Mentally defective children, 1931
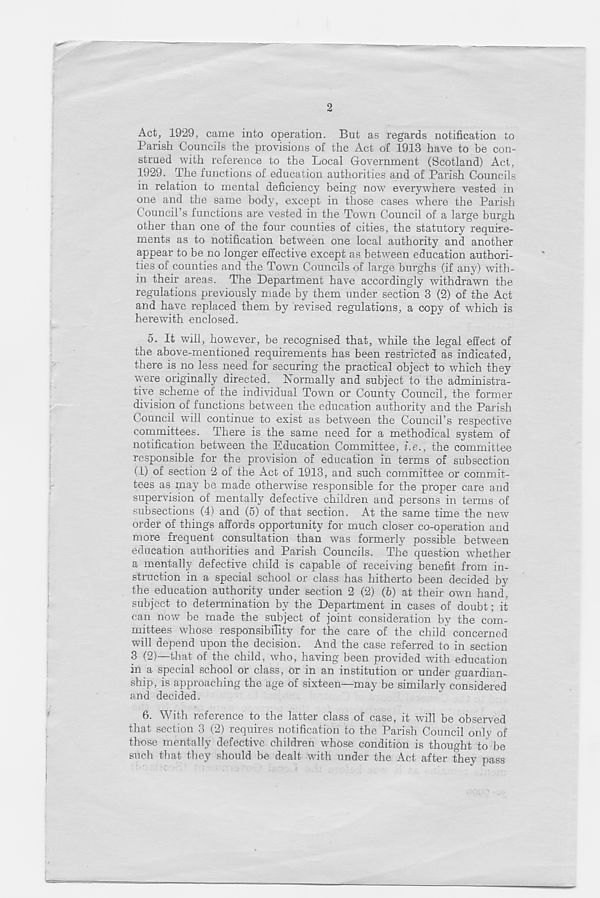
2
Act, 1929, came into operation. But as regards notification to
Parish Councils the provisions of the Act of 1913 have to be con-
strued with reference to the Local Government (Scotland) Act,
1929. The functions of education authorities and of Parish Councils
in relation to mental deficiency being now everywhere vested in
one and the same body, except in those cases where the Parish
Council’s functions are vested in the Town Council of a large burgh
other than one of the four counties of cities, the statutory require-
ments as to notification between one local authority and another
appear to be no longer effective except as between education authori-
ties of counties and the Town Councils of large burghs (if any) with-
in their areas. The Department have accordingly withdrawn the
regulations previously made by them under section 3 (2) of the Act
and have replaced them by revised regulations, a copy of which is
herewith enclosed.
5. It will, however, be recognised that, while the legal effect of
the above-mentioned requirements has been restricted as indicated,
there is no less need for securing the practical object to which they
were originally directed. Normally and subject to the administra-
tive scheme of the individual Town or County Council, the former
division of functions between the education authority and the Parish
Council will continue to exist as between the Council’s respective
committees. There is the same need for a methodical system of
notification between the Education Committee, i.e., the committee
responsible for the provision of education in terms of subsection
(1) of section 2 of the Act of 1913, and such committee or commit-
tees as may be made otherwise responsible for the proper care and
supervision of mentally defective children and persons in terms of
subsections (4) and (5) of that section. At the same time the new
order of things affords opportunity for much closer co-operation and
more frequent consultation than was formerly possible between
education authorities and Parish Councils. The question whether
a mentally defective child is capable of receiving benefit from in-
struction in a special school or class has hitherto been decided by
the education authority under section 2 (2) (6) at their own hand,
subject to determination by the Department in cases of doubt; it
can now be made the subject of joint consideration by the com-
mittees whose responsibility for the care of the child concerned
will depend upon the decision. And the case referred to in section
3 (2)—that of the child, who, having been provided with education
in a special school or class, or in an institution or under guardian-
ship, is approaching the age of sixteen—may be similarly considered
and decided.
fi. With leference to the latter class of case, it wall be observed
that section 3 (2) requires notification to the Parish Council only of
those mentally defective children whose condition is thought to be
such that they should be dealt with under the Act after they pass